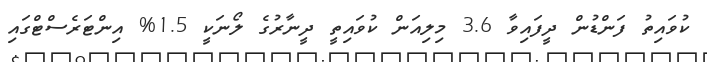
ކުވައިތު ފަންޑުން ދީފައިވާ 3.6 މިލިއަން ކުވައިތީ ދީނާރުގެ ލޯނަކީ 1.5% އިންޓަރެސްޓްގައި